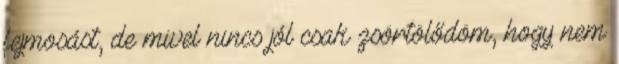
fejmosást, de mivel nincs jól csak zsörtölődöm, hogy nem